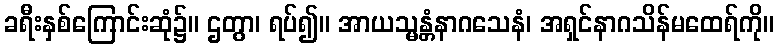
ခရီးနှစ်ကြောင်းဆုံ၌။ ဌတွာ၊ ရပ်၍။ အာယသ္မန္တံနာဂသေနံ၊ အရှင်နာဂသိန်မထေရ်ကို။